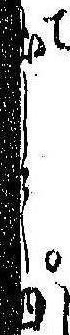
出して四